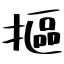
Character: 摳